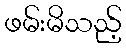
ဖမ်းမိသည့်